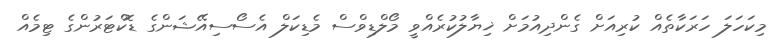
މިކަހަލަ ހަރަކާތެއް ކުރިއަށް ގެންދިއުމަށް ޚިޔާލުކުރެއްވީ މޯލްޑިވްސް މެޑިކަލް އެސޯސިއޭޝަންގެ ޑޮކްޓަރުންގެ ޓިމެއް